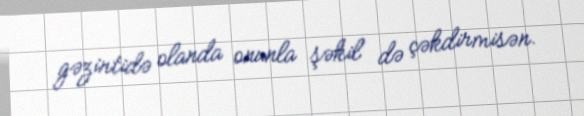
gəzintidə olanda onunla şəkil də çəkdirmisən.